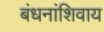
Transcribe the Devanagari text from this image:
बंधनांशिवाय